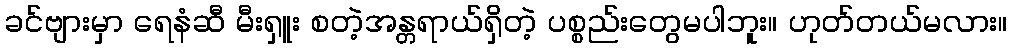
ခင်ဗျားမှာ ရေနံဆီ မီးရှူး စတဲ့အန္တရာယ်ရှိတဲ့ ပစ္စည်းတွေမပါဘူး။ ဟုတ်တယ်မလား။